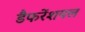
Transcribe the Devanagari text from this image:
डैफरेंशयल